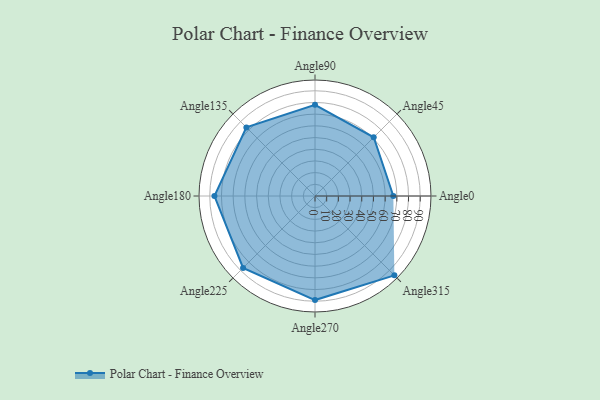
{"axis": {"x": "Angle", "y": "Radius"}, "legend": [""], "data": [{"x": "Angle0", "y": 67.0, "type": ""}, {"x": "Angle45", "y": 71.0, "type": ""}, {"x": "Angle90", "y": 78.0, "type": ""}, {"x": "Angle135", "y": 83.0, "type": ""}, {"x": "Angle180", "y": 86.0, "type": ""}, {"x": "Angle225", "y": 87.0, "type": ""}, {"x": "Angle270", "y": 89.0, "type": ""}, {"x": "Angle315", "y": 96.0, "type": ""}]}